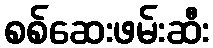
စစ်ဆေးဖမ်းဆီး